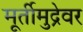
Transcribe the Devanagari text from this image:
मूर्तीमुद्रेवर